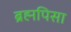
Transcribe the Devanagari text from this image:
ब्रह्मपिसा